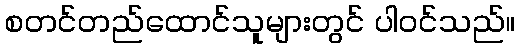
စတင်တည်ထောင်သူများတွင် ပါဝင်သည်။